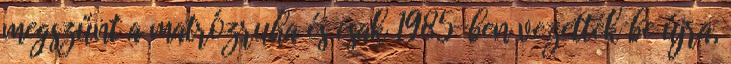
megszűnt a matrózruha és csak 1985-ben vezették be újra,